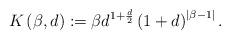
LaTeX: \begin{align*}K\left( \beta,d\right) :=\beta d^{1+\frac{d}{2}}\left( 1+d\right)^{\left\vert \beta-1\right\vert }. \end{align*}